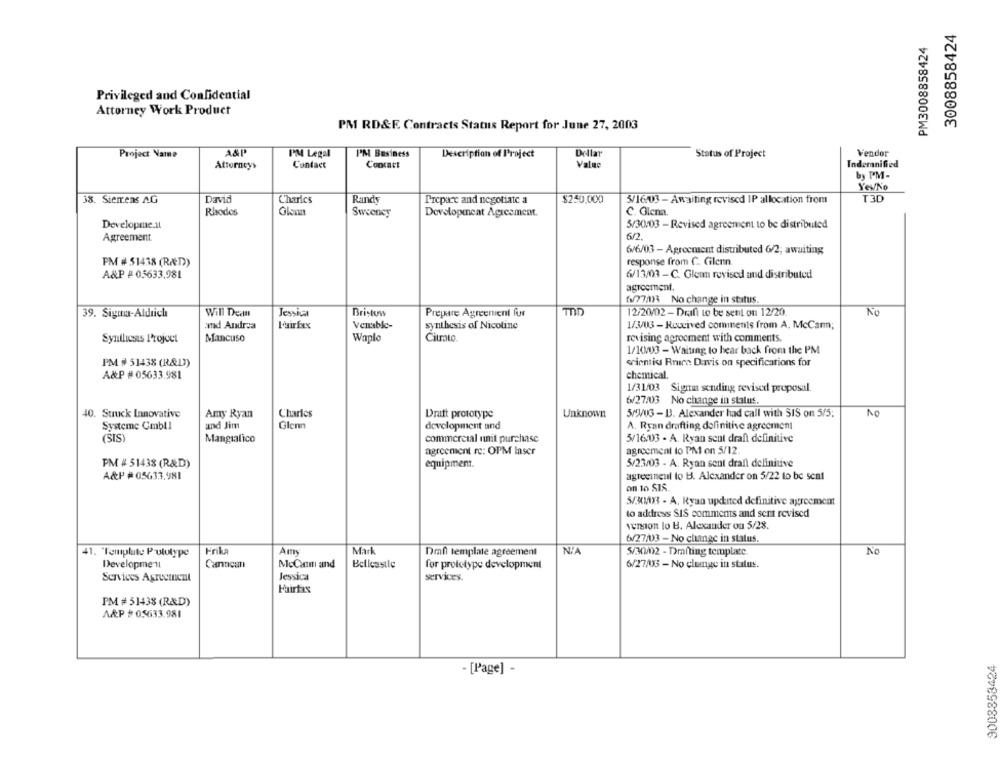
3008858424
PM3008858424
Privileged and Confidential
Attorney Work Product
PM RD&F. Contracts Status Report for June 27, 2003
A&P'
PM Legal
Dellar
Vendor
Project Name
PM Business
Description of Project
Status of Project
Attorneys
Contact
Concart
Value
Indemnified
by PM-
Yes/No
38. Siemens AG
David
Charles
Rands
3/16/03 - Awaiting revised IP allocation from
T3D
Prepare and negotiate a
$250.000
Rhodos
Sweeney
Development Agreement.
C. Glema.
Developme.il
5/30/03 - Revised agreement to be distributed
Agreement.
62.
6/6/03 - Agreement distributed 6/2; awaiting
PM # 51438 (RÆD))
response from C. Cilenn
A&P # 05633,981
6/13/03 - C. Glenn revised and distributed
agreement.
fv/77883 No change in status.
39. Sigma-Aldrich
Will Dean
Jessica
Bristow
Prepare Agreement fur
TD
12/20/02 - Draft to be sent on 12/20.
No
amd Andrea
Venable-
synthesis of Nicotine
1/3/03 - Roucived comments from A. McCarm;
Syntliess Project
Mancuso
Waple
Citrato.
revising agrocment with comments.
1/10/03 - Waiting to hear back from the PM
PM # 51438 (R&D)
scientist Bruce Davis on specifications for
A&P #05633.981
chemical.
1/31/03 Sigma sending revised proposal.
6/27/03 No change in status.
NO
40. Struck Innovative
Amy Ryan
Charles
Draft prototype
Unknown
5/VUG - B. Alexander had call with SIS on 5/5;
Systeme Cmbll
and Jim
Glenn
development and
A. Ryan drafting definitive agreement
(SIS)
Mangialico
commercial unit purchase
3/16/03 - A. Ryan scut draft definitive
agreement re: OPM laser
agreement to PM on 5/12.
PM #51438 (R&D)
equipment.
5/23/03 - A. Ryan sent drall delinitive
A&P #05633.981
agreement to B. Alexander on 5/22 to be scn1
on to SIS.
5/31/113 - A. Ryan upcited definitive agreement
to address SIS comments and sent revised
vemon lo B. Alexander ou 5/28.
6/27/03 - No chanec in status.
41. "Template Prototype
Frika
Am
Mark
Dran template agreement
N'A
5/30/02 - Dmfting template.
No
Developmentl
Cannean
MeCanmm and
Belleastle
for prototype development
6/27/03 - No clemge in status.
Services Agreement
Jessica
services.
Fairtas
PM # 51438 (R&D)
A&P # 05633.981
9008853424
- [Page] -